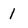
Character: 1